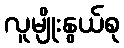
လူမျိုးနွယ်စု